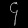
Digit: ၄